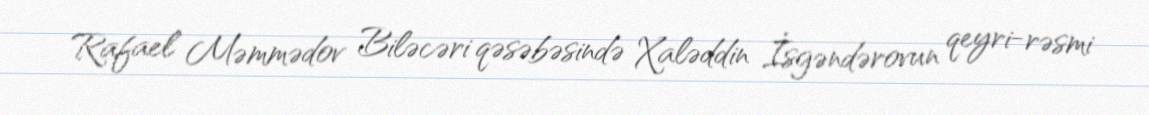
Rafael Məmmədov Biləcəri qəsəbəsində Xaləddin İsgəndərovun qeyri-rəsmi